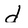
Character: d